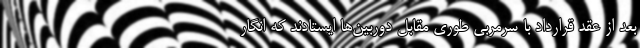
بعد از عقد قرارداد با سرمربی طوری مقابل دوربین‌ها ایستادند که انگار